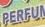
perfum